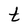
Character: t